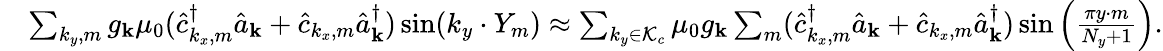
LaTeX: \begin{array}{rl}&{\sum_{k_{y},m}{g_{\mathbf k}}\mu_{0}(\hat{c}_{k_{x},m}^{\dagger}\hat{a}_{\mathbf k}+\hat{c}_{k_{x},m}\hat{a}_{\mathbf k}^{\dagger})\sin(k_{y}\cdot Y_{m})\approx\sum_{k_{y}\in\mathcal{K}_{c}}\mu_{0}{g_{\mathbf k}}\sum_{m}(\hat{c}_{k_{x},m}^{\dagger}\hat{a}_{\mathbf k}+\hat{c}_{k_{x},m}\hat{a}_{\mathbf k}^{\dagger})\sin\Big(\frac{\pi y\cdot m}{N_{y}+1}\Big).}\end{array}